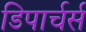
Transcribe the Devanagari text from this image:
डिपार्चर्स